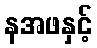
နအဖနှင့်